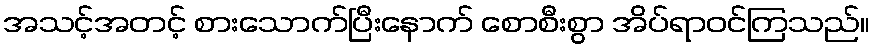
အသင့်အတင့် စားသောက်ပြီးနောက် စောစီးစွာ အိပ်ရာဝင်ကြသည်။